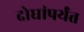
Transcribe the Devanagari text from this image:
दोघांपर्यंत